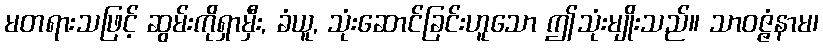
မတရားသဖြင့် ဆွမ်းကိုရှာမှီး, ခံယူ, သုံးဆောင်ခြင်းဟူသော ဤသုံးမျိုးသည်။ သာဝဇ္ဇံနာမ၊